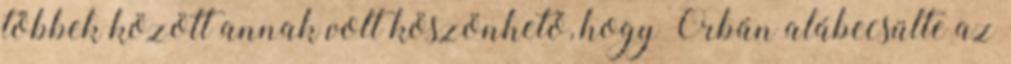
többek között annak volt köszönhető, hogy Orbán alábecsülte az